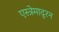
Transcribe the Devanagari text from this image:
एस्त्रेमादुरन